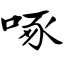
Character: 啄